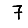
Digit: 7